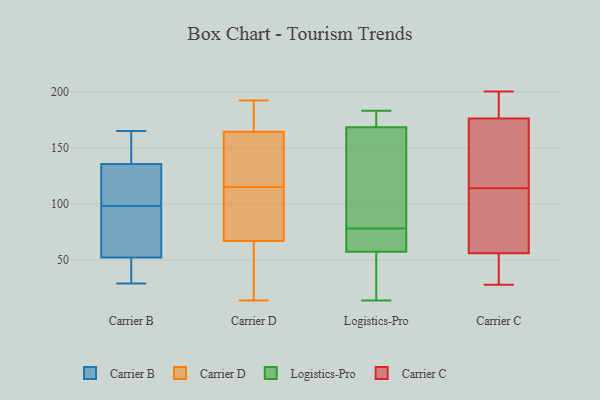
{"axis": {"x": "Churn Rate (%)", "y": "Value"}, "legend": ["Carrier B", "Carrier C", "Carrier D", "Logistics-Pro"], "data": [{"x": "", "y": 49, "type": "Carrier B"}, {"x": "", "y": 154, "type": "Carrier B"}, {"x": "", "y": 90, "type": "Carrier B"}, {"x": "", "y": 123, "type": "Carrier B"}, {"x": "", "y": 131, "type": "Carrier B"}, {"x": "", "y": 31, "type": "Carrier B"}, {"x": "", "y": 98, "type": "Carrier B"}, {"x": "", "y": 29, "type": "Carrier B"}, {"x": "", "y": 137, "type": "Carrier B"}, {"x": "", "y": 62, "type": "Carrier B"}, {"x": "", "y": 165, "type": "Carrier B"}, {"x": "", "y": 73, "type": "Carrier D"}, {"x": "", "y": 127, "type": "Carrier D"}, {"x": "", "y": 39, "type": "Carrier D"}, {"x": "", "y": 171, "type": "Carrier D"}, {"x": "", "y": 192, "type": "Carrier D"}, {"x": "", "y": 115, "type": "Carrier D"}, {"x": "", "y": 79, "type": "Carrier D"}, {"x": "", "y": 14, "type": "Carrier D"}, {"x": "", "y": 83, "type": "Carrier D"}, {"x": "", "y": 65, "type": "Carrier D"}, {"x": "", "y": 168, "type": "Carrier D"}, {"x": "", "y": 153, "type": "Carrier D"}, {"x": "", "y": 185, "type": "Carrier D"}, {"x": "", "y": 42, "type": "Carrier D"}, {"x": "", "y": 149, "type": "Carrier D"}, {"x": "", "y": 167, "type": "Logistics-Pro"}, {"x": "", "y": 77, "type": "Logistics-Pro"}, {"x": "", "y": 167, "type": "Logistics-Pro"}, {"x": "", "y": 140, "type": "Logistics-Pro"}, {"x": "", "y": 172, "type": "Logistics-Pro"}, {"x": "", "y": 63, "type": "Logistics-Pro"}, {"x": "", "y": 74, "type": "Logistics-Pro"}, {"x": "", "y": 42, "type": "Logistics-Pro"}, {"x": "", "y": 78, "type": "Logistics-Pro"}, {"x": "", "y": 23, "type": "Logistics-Pro"}, {"x": "", "y": 183, "type": "Logistics-Pro"}, {"x": "", "y": 82, "type": "Logistics-Pro"}, {"x": "", "y": 62, "type": "Logistics-Pro"}, {"x": "", "y": 14, "type": "Logistics-Pro"}, {"x": "", "y": 175, "type": "Logistics-Pro"}, {"x": "", "y": 175, "type": "Logistics-Pro"}, {"x": "", "y": 43, "type": "Logistics-Pro"}, {"x": "", "y": 77, "type": "Carrier C"}, {"x": "", "y": 96, "type": "Carrier C"}, {"x": "", "y": 200, "type": "Carrier C"}, {"x": "", "y": 161, "type": "Carrier C"}, {"x": "", "y": 31, "type": "Carrier C"}, {"x": "", "y": 183, "type": "Carrier C"}, {"x": "", "y": 114, "type": "Carrier C"}, {"x": "", "y": 31, "type": "Carrier C"}, {"x": "", "y": 173, "type": "Carrier C"}, {"x": "", "y": 119, "type": "Carrier C"}, {"x": "", "y": 87, "type": "Carrier C"}, {"x": "", "y": 49, "type": "Carrier C"}, {"x": "", "y": 177, "type": "Carrier C"}, {"x": "", "y": 28, "type": "Carrier C"}, {"x": "", "y": 181, "type": "Carrier C"}]}